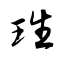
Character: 珄